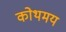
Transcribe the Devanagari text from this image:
कोथमय